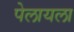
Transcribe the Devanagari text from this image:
पेलायला